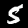
Digit: 5